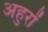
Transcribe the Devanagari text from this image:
अहुरों